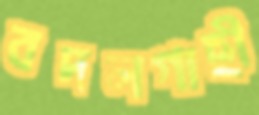
বদলগাছী